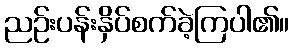
ညဉ်းပန်းနှိပ်စက်ခဲ့ကြပါ၏။